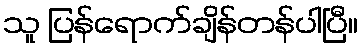
သူ ပြန်ရောက်ချိန်တန်ပါပြီ။